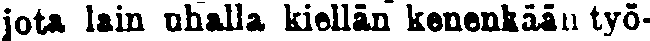
jota lain uhalla kiellän kenenkään työ-